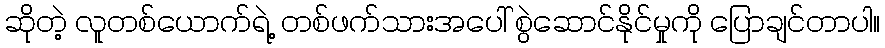
ဆိုတဲ့ လူတစ်ယောက်ရဲ့ တစ်ဖက်သားအပေါ် စွဲဆောင်နိုင်မှုကို ပြောချင်တာပါ။